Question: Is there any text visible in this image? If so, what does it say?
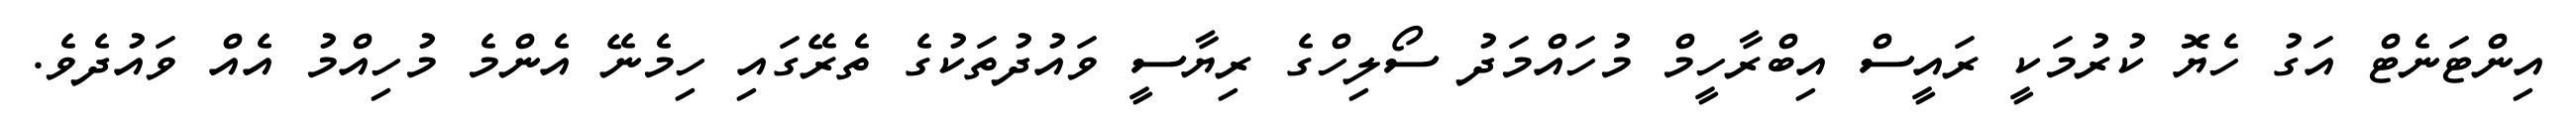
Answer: އިންޓަނެޓް އަގު ހެޔޮ ކުރުމަކީ ރައީސް އިބްރާހީމް މުހައްމަދު ސޯލިހްގެ ރިޔާސީ ވައުދުތަކުގެ ތެރޭގައި ހިމެނޭ އެންމެ މުހިއްމު އެއް ވައުދެވެ.